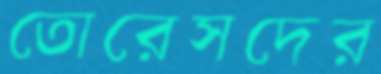
তোরেসদের